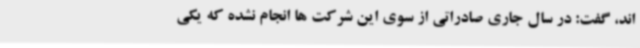
اند، گفت: در سال جاری صادراتی از سوی این شرکت ها انجام نشده که یکی